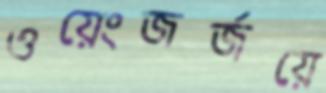
ওয়েংজর্জয়ে